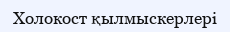
Холокост қылмыскерлері